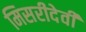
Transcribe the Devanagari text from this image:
मिसरीदेवी